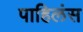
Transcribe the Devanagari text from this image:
पाहिलंस